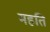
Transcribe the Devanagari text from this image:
महति